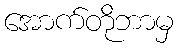
အောက်တိုဘာမှ